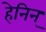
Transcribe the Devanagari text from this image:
हेनिन्